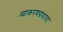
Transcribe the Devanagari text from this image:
व्याकरणग्रंथांचा